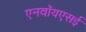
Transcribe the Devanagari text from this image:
एनवॉयएसई